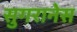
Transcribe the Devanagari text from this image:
सुगरानेस